Vaccination in Burma 1900-1911 - 1900-1911
Year: 1900
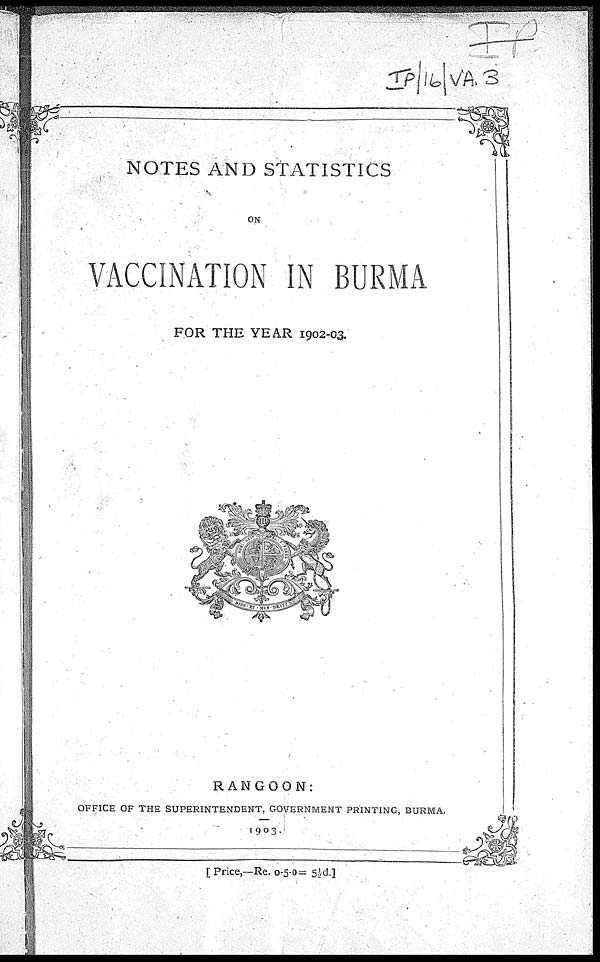
NOTES AND STATISTICS
ON
VACCINATION IN BURMA
FOR THE YEAR 1902-03.
RANGOON:
OFFICE OF THE SUPERINTENDENT, GOVERNMENT PRINTING, BURMA.
1903.
[ Price,—Re. 0-5-0= 5½d.]